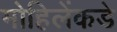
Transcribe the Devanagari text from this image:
मोहिलेंकडे